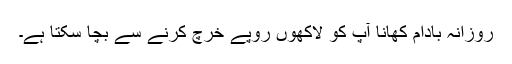
روزانہ بادام کھانا آپ کو لاکھوں روپے خرچ کرنے سے بچا سکتا ہے۔